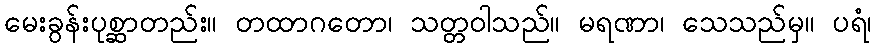
မေးခွန်းပုစ္ဆာတည်း။ တထာဂတော၊ သတ္တဝါသည်။ မရဏာ၊ သေသည်မှ။ ပရံ၊